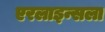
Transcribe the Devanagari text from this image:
एरलाइन्सला